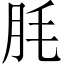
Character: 𦙤